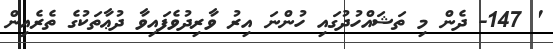
' 147- ދެން މި ތަޝައްހުދުގައި ހުންނަ އިރު ވާރިދުވެފައިވާ ދުޢާތަކުގެ ތެރެއިން